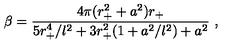
\beta = { \frac { 4 \pi ( r _ { + } ^ { 2 } + a ^ { 2 } ) r _ { + } } { 5 r _ { + } ^ { 4 } / l ^ { 2 } + 3 r _ { + } ^ { 2 } ( 1 + a ^ { 2 } / l ^ { 2 } ) + a ^ { 2 } } } \ ,